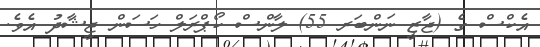
އެކްސް ގެ (ޖާޒީ ނަންބަރ 55) ލާންސް ކޯޕްރަލް ހަސަން ޖީޝާދު އެވެ.